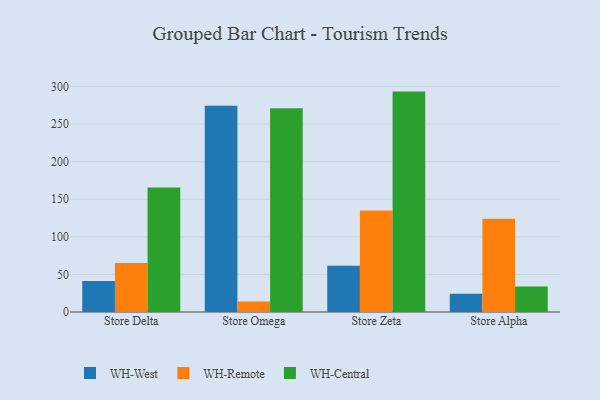
{"axis": {"x": "Store", "y": "Inventory Turnover"}, "legend": ["WH-Central", "WH-Remote", "WH-West"], "data": [{"x": "Store Delta", "y": 41.3, "type": "WH-West"}, {"x": "Store Delta", "y": 65.3, "type": "WH-Remote"}, {"x": "Store Delta", "y": 165.7, "type": "WH-Central"}, {"x": "Store Omega", "y": 274.4, "type": "WH-West"}, {"x": "Store Omega", "y": 14.1, "type": "WH-Remote"}, {"x": "Store Omega", "y": 271.1, "type": "WH-Central"}, {"x": "Store Zeta", "y": 61.5, "type": "WH-West"}, {"x": "Store Zeta", "y": 135.2, "type": "WH-Remote"}, {"x": "Store Zeta", "y": 293.3, "type": "WH-Central"}, {"x": "Store Alpha", "y": 24.3, "type": "WH-West"}, {"x": "Store Alpha", "y": 124.1, "type": "WH-Remote"}, {"x": "Store Alpha", "y": 33.8, "type": "WH-Central"}]}